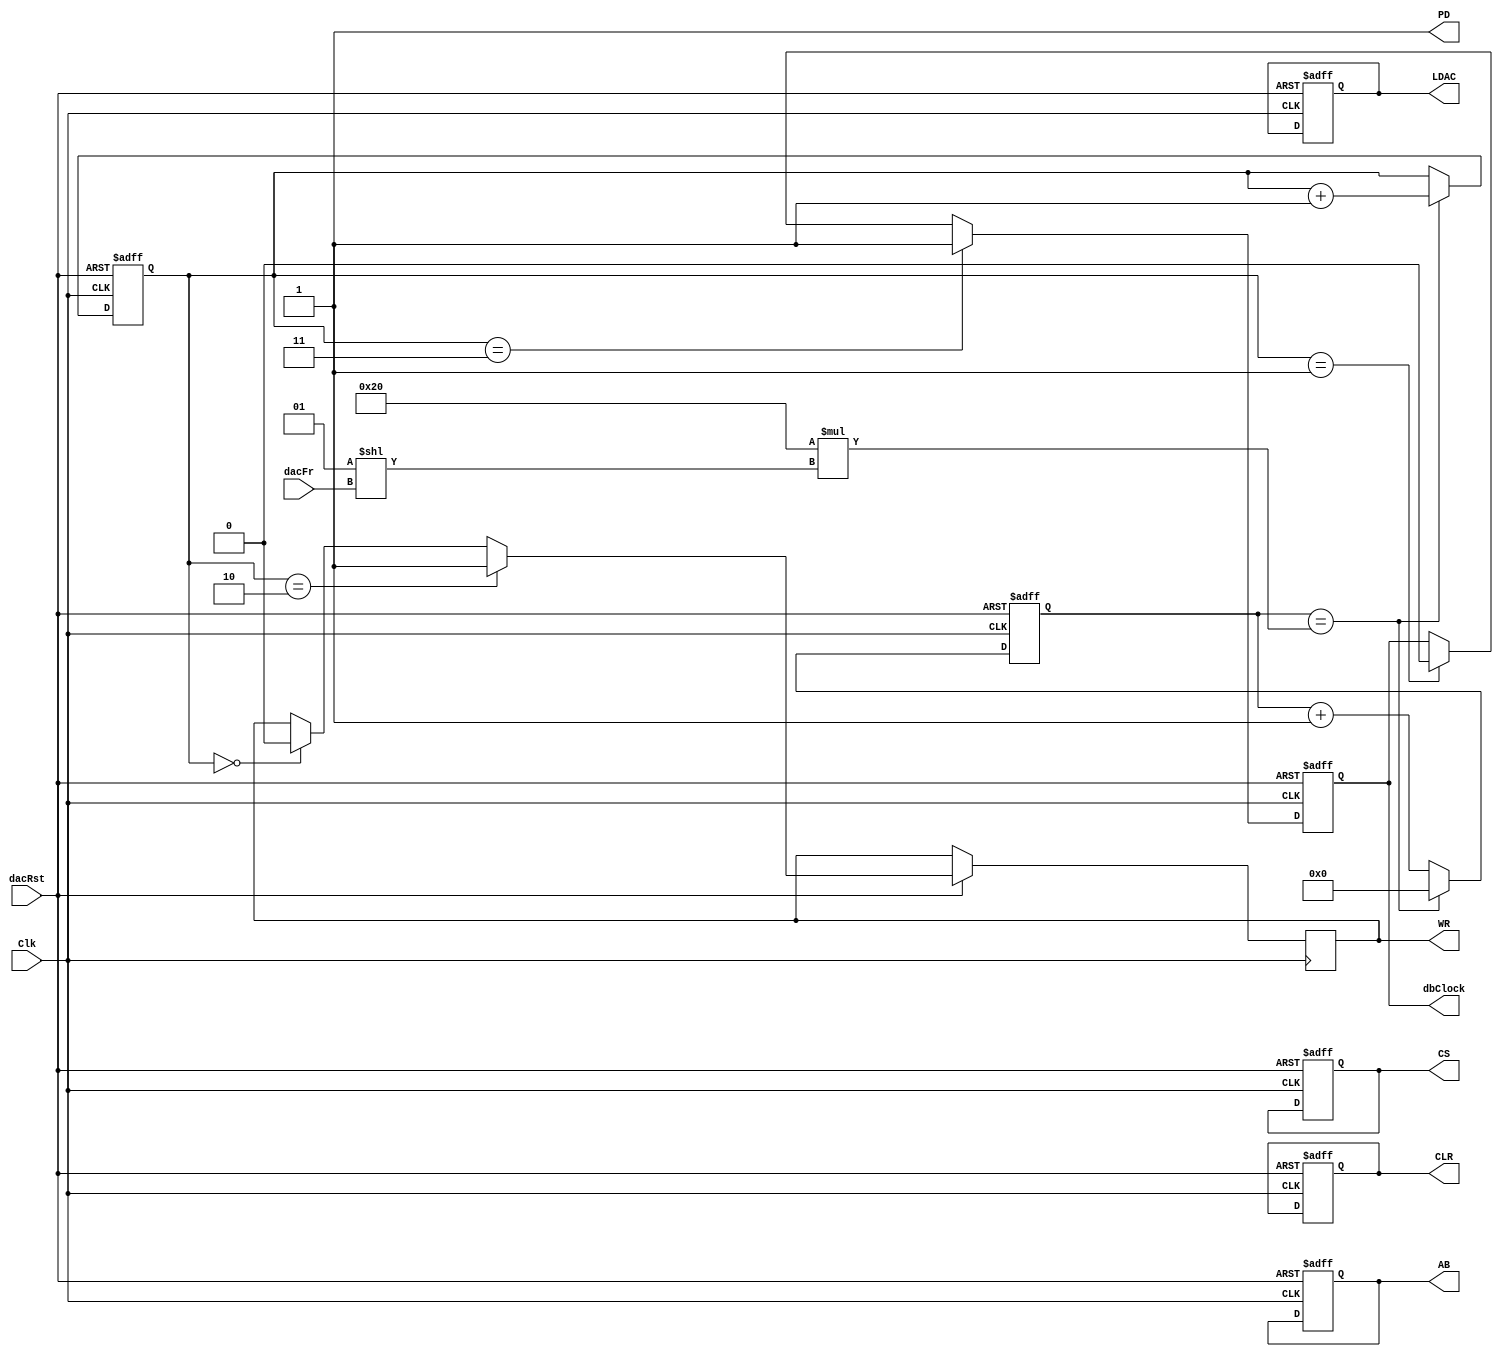
module dacTimingManager(
    input Clk,
    input dacRst,
    input [2:0] dacFr,
    output CS,
    output WR,
    output AB,
    output PD,
    output LDAC,
    output CLR,
    output dbClock
    );
    
    // declation (internal)
    reg [2:0] clockCount;
   //  reg [7:0] shapeCount;
    reg [12:0] frequencyCount;
    reg dbClock;
    
    // declation (output)
    reg CS;
    reg WR;
    reg AB;
    wire PD;
    reg LDAC;
    reg CLR;
    
    assign PD = 1;
    
    // for Freqency
    //wire [20:0] K;
    //assign K = 2**12;  
    wire [12:0] delayValue;
    assign delayValue  = ((2**5) * (2**dacFr));
    
    // main process
        always @(posedge Clk or negedge dacRst) begin
        
            // Reset => initialize of internal counter
            if (!dacRst) begin
                clockCount <= 0;
                // shapeCount <= 0;
                frequencyCount <= 0;
                dbClock <= 1;
                LDAC <= 0;
                AB <= 0;
                CS <= 0;
                CLR <= 1;
            end
            
            // main loop
            else begin
            
                // increment
                frequencyCount <= frequencyCount + 1;
                
                if ( frequencyCount == delayValue ) begin
                    // shapeCount <= shapeCount + 1;
                    clockCount <= clockCount + 1;
                    frequencyCount <= 0;
                    // frequencyClock <= ~frequencyClock;
                end
                
                // initialize of output
                if ( clockCount == 0 ) begin

                    WR <= 0;
                end
                
                // If clockCount equals 1, shape module writes DB. 
                if ( clockCount == 1 ) begin
                    dbClock <= 0;
                end
                    
                if ( clockCount == 2 ) begin
                    WR <= 1; // disable
                end
                
                if ( clockCount == 3 ) begin
                    dbClock <= 1;
                end
                
            end
        end
endmodule